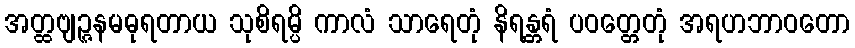
အတ္ထဗျဉ္ဇနမဓုရတာယ သုစိရမ္ပိ ကာလံ သာရေတုံ နိရန္တရံ ပဝတ္တေတုံ အရဟဘာဝတော